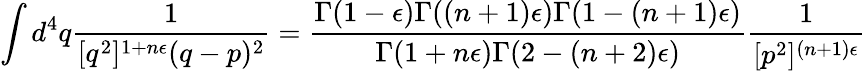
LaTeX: \int d^{4}q{\frac{1}{[q^{2}]^{1+n\epsilon}(q-p)^{2}}}={\frac{\Gamma(1-\epsilon)\Gamma((n+1)\epsilon)\Gamma(1-(n+1)\epsilon)}{\Gamma(1+n\epsilon)\Gamma(2-(n+2)\epsilon)}}{\frac{1}{[p^{2}]^{(n+1)\epsilon}}}